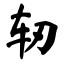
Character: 轫